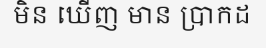
មិន ឃើញ មាន ប្រាកដ